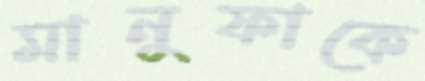
মানুফাকে